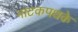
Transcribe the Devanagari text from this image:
नाटकपथके